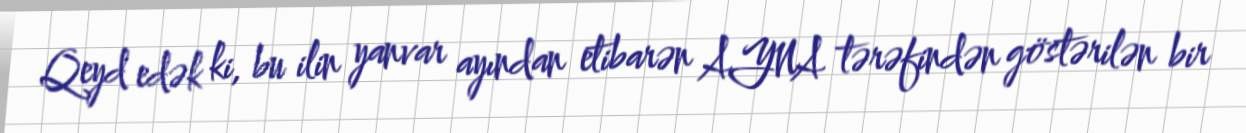
Qeyd edək ki, bu ilin yanvar ayından etibarən AYNA tərəfindən göstərilən bir